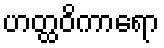
ဟတ္ထဝိကာရော